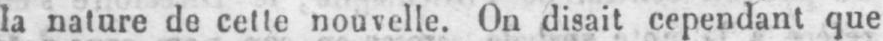
la nature de cette nouvelle. On disait cependant que